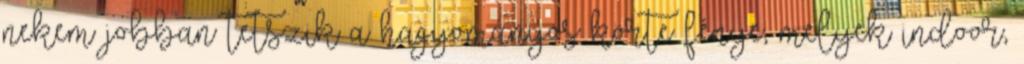
nekem jobban tetszik a hagyományos körte fénye, melyek indoor,